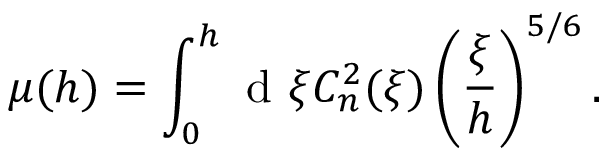
\mu ( h ) = \int _ { 0 } ^ { h } \mathrm { ~ d ~ } \xi C _ { n } ^ { 2 } ( \xi ) \left( \frac { \xi } { h } \right) ^ { 5 / 6 } .